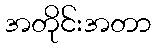
အတိုင်းအတာ